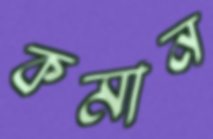
কমান